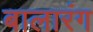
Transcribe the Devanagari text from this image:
बालारंग